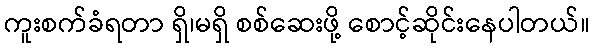
ကူးစက်ခံရတာ ရှိ၊မရှိ စစ်ဆေးဖို့ စောင့်ဆိုင်းနေပါတယ်။